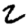
Digit: 2